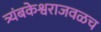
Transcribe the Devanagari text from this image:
त्र्यंबकेश्वराजवळच